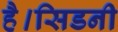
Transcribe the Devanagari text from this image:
है।सिडनी